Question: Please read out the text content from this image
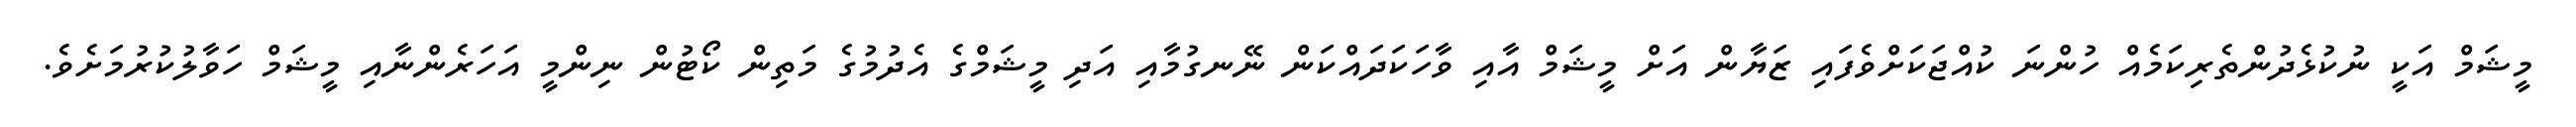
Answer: މީޝަމް އަކީ ނުކުޅެދުންތެރިކަމެއް ހުންނަ ކުއްޖަކަށްވެފައި ޒަޔާން އަށް މީޝަމް އާއި ވާހަކަދައްކަން ނޭނގުމާއި އަދި މީޝަމްގެ އެދުމުގެ މަތިން ކޯޓުން ނިންމީ އަހަރެންނާއި މީޝަމް ހަވާލުކުރުމަށެވެ.